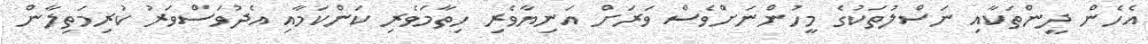
އެހެން ދީންތަކާއި ނަސްލުތަކުގެ މީހުންނަށްވެސް ވަރަށް އަނިޔާވެރި ހިތާމަވެރި ކަންކަމާއި އެދުވަސްވަރު ކުރިމަތިލާން